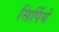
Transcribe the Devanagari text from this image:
सिर्पिये